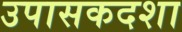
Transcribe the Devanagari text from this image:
उपासकदशा